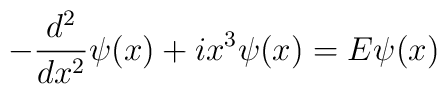
-\frac{d^2}{dx^2}\psi(x)+ix^3\psi(x)=E\psi(x)